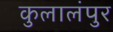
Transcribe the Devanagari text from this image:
कुलालंपुर